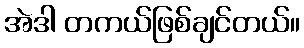
အဲဒါ တကယ်ဖြစ်ချင်တယ်။